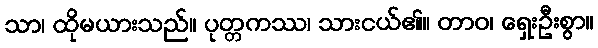
သာ၊ ထိုမယားသည်။ ပုတ္တကဿ၊ သားငယ်၏။ တာဝ၊ ရှေးဦးစွာ။